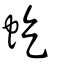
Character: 虼